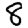
Digit: 8